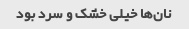
نان‌ها خیلی خشک و سرد بود